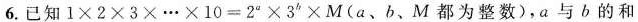
6.已知$$1 \times 2 \times 3 \times … \times 1 0 = 2^{a}° \times 3^{b} \times M$$(a、b、M都为整数)，a与b的和